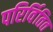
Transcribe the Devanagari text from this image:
परिर्वितित